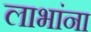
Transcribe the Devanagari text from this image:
लाभांना